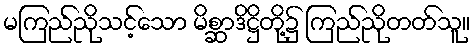
မကြည်ညိုသင့်သော မိစ္ဆာဒိဋ္ဌိတို့၌ ကြည်ညိုတတ်သူ။